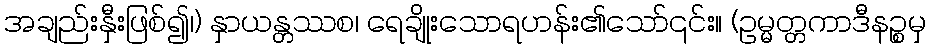
အချည်းနှီးဖြစ်၍၊) နှာယန္တဿစ၊ ရေချိုးသောရဟန်း၏သော်၎င်း။ (ဥမ္မတ္တကာဒီနဉ္စမှ